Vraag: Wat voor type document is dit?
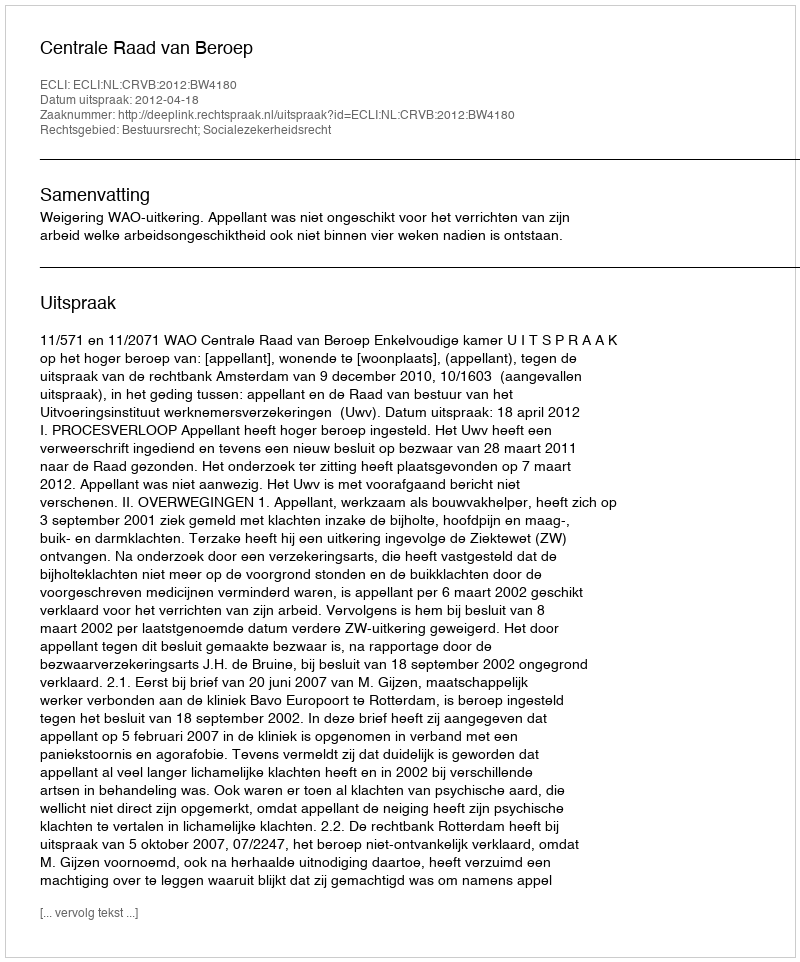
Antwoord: Uitspraak